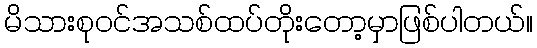
မိသားစုဝင်အသစ်ထပ်တိုးတော့မှာဖြစ်ပါတယ်။